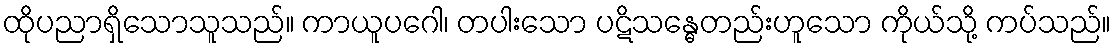
ထိုပညာရှိသောသူသည်။ ကာယူပဂေါ၊ တပါးသော ပဋိသန္ဓေတည်းဟူသော ကိုယ်သို့ ကပ်သည်။